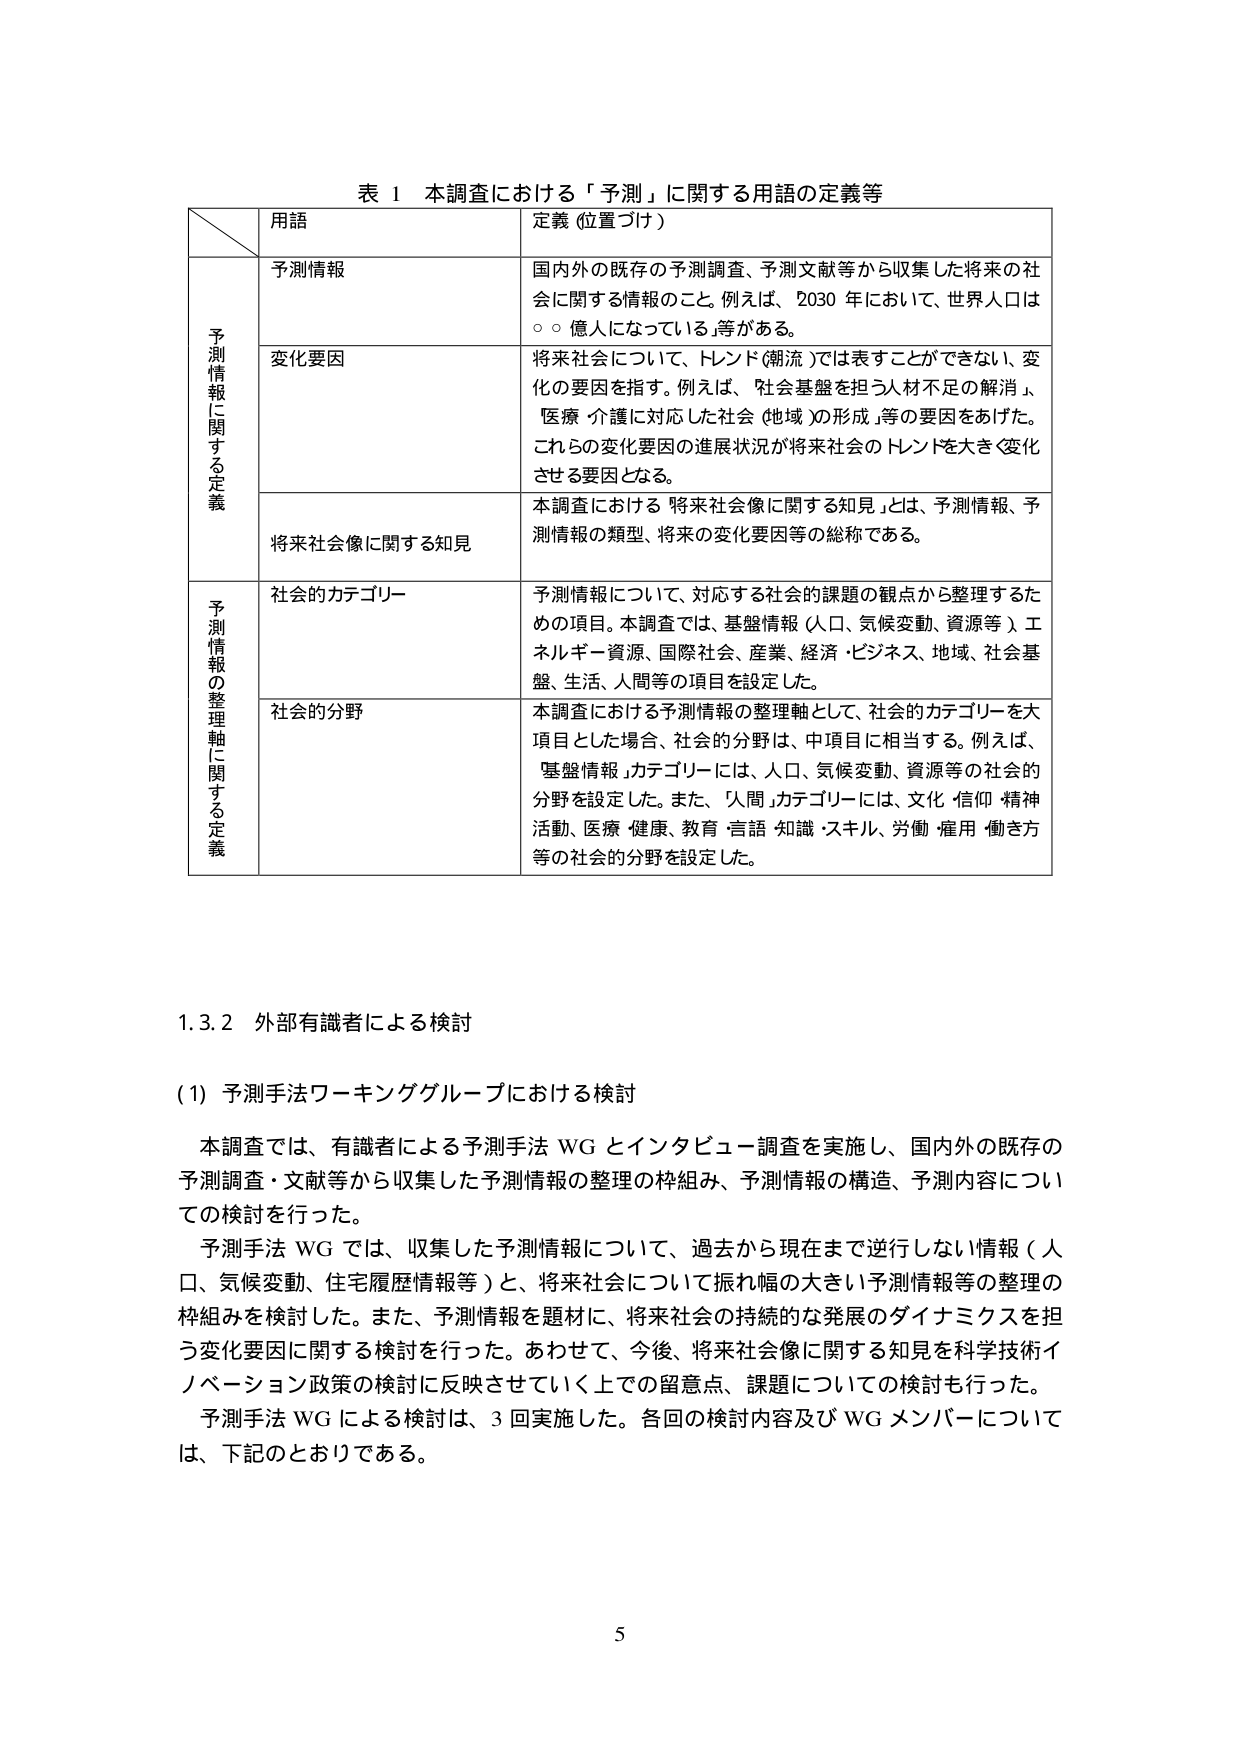
表 1 本調査における「予測」に関する用語の定義等

用語 定義（位置づけ）

予測情報に関する定義
予測情報 国内外の既存の予測調査、予測文献等から収集した将来の社会に関する情報のこと。例えば、2030年において、世界人口は○○億人になっている、等がある。
変化要因 将来社会について、トレンド（潮流）では表すことができない、変化の要因を指す。例えば、「社会基盤を担う人材不足の解消」、「医療・介護に対応した社会（地域）の形成」等の要因をあげた。これらの変化要因の進展状況が将来社会のトレンドを大きく変化させる要因となる。
将来社会像に関する知見 本調査における「将来社会像に関する知見」とは、予測情報、予測情報の類型、将来の変化要因等の総称である。

予測情報の整理軸に関する定義
社会的カテゴリー 予測情報について、対応する社会的課題の観点から整理するための項目。本調査では、基盤情報（人口、気候変動、資源等）、エネルギー・資源、国際社会、産業、経済・ビジネス、地域、社会基盤、生活、人間等の項目を設定した。
社会的分野 本調査における予測情報の整理軸として、社会的カテゴリーを大項目とした場合、社会的分野は、中項目に相当する。例えば、「基盤情報」カテゴリーには、人口、気候変動、資源等の社会的分野を設定した。また、「人間」カテゴリーには、文化・信仰・精神活動、医療・健康、教育・言語・知識・スキル、労働・雇用・働き方等の社会的分野を設定した。

1.3.2 外部有識者による検討

（1）予測手法ワーキンググループにおける検討

本調査では、有識者による予測手法WGとインタビュー調査を実施し、国内外の既存の予測調査・文献等から収集した予測情報の整理の枠組み、予測情報の構造、予測内容についての検討を行った。

予測手法WGでは、収集した予測情報について、過去から現在まで逆行しない情報（人口、気候変動、住宅履歴情報等）と、将来社会について振れ幅の大きい予測情報等の整理の枠組みを検討した。また、予測情報を題材に、将来社会の持続的な発展のダイナミクスを担う変化要因に関する検討を行った。あわせて、今後、将来社会像に関する知見を科学技術イノベーション政策の検討に反映させていく上での留意点、課題についての検討も行った。

予測手法WGによる検討は、3回実施した。各回の検討内容及びWGメンバーについては、下記のとおりである。

5